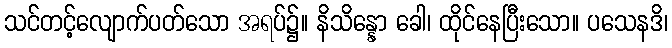
သင်တင့်လျောက်ပတ်သော အရပ်၌။ နိသိန္နော ခေါ၊ ထိုင်နေပြီးသော။ ပသေနဒိ၊